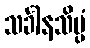
သင်္ခါနသိပ္ပံ